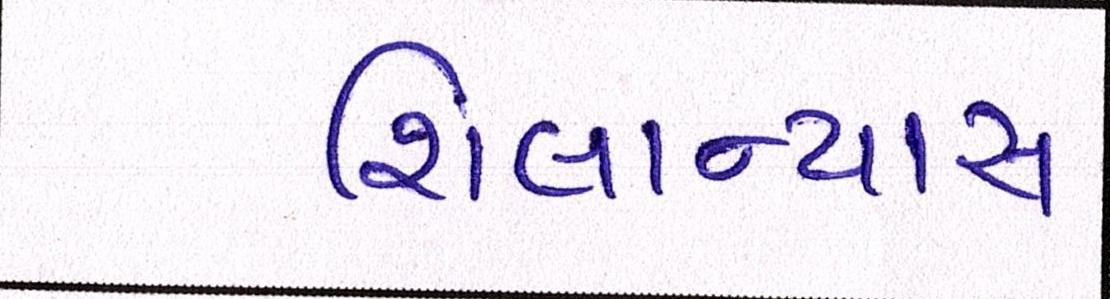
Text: શિલાન્યાસ